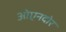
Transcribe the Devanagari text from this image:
ओएनदोर